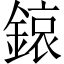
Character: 鎄